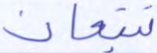
تتبعان